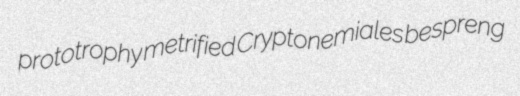
prototrophy metrified Cryptonemiales bespreng